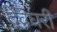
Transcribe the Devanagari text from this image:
देवघरी